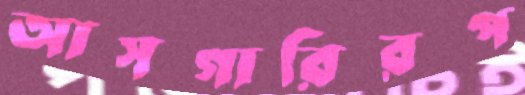
আসগারিরপ